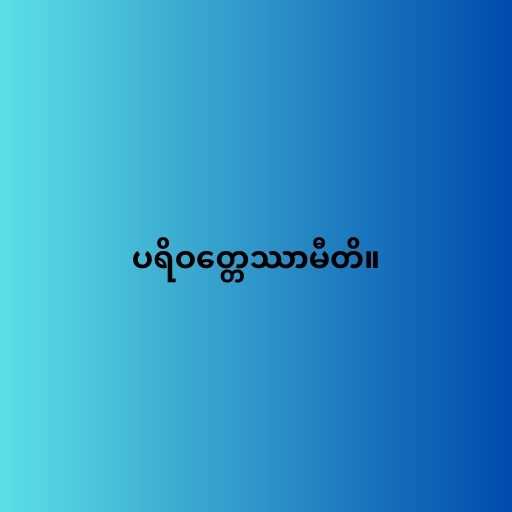
ပရိဝတ္တေဿာမီတိ။